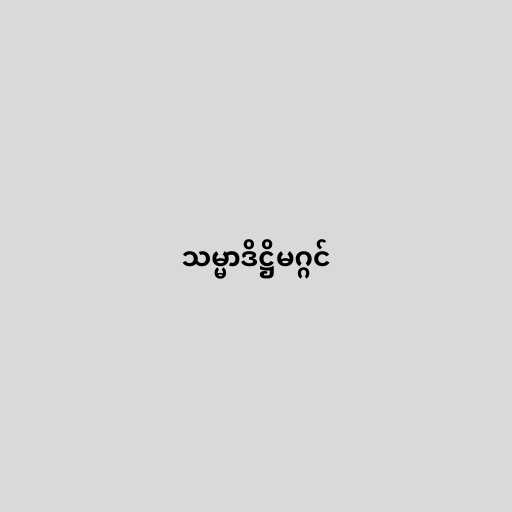
သမ္မာဒိဋ္ဌိမဂ္ဂင်